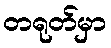
တရုတ်မှာ